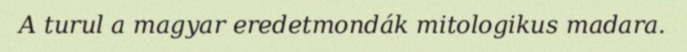
A turul a magyar eredetmondák mitologikus madara.